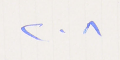
٢٠٨